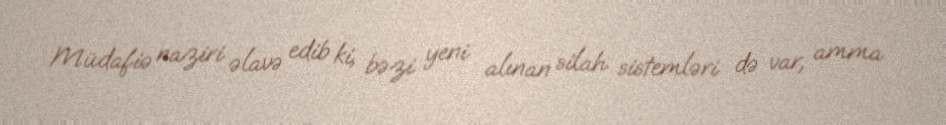
Müdafiə naziri əlavə edib ki, bəzi yeni alınan silah sistemləri də var, amma